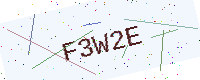
Text: F3W2E